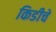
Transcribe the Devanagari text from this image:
किडीचे